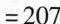
$$= 2 0 7$$